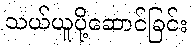
သယ်ယူပို့ဆောင်ခြင်း